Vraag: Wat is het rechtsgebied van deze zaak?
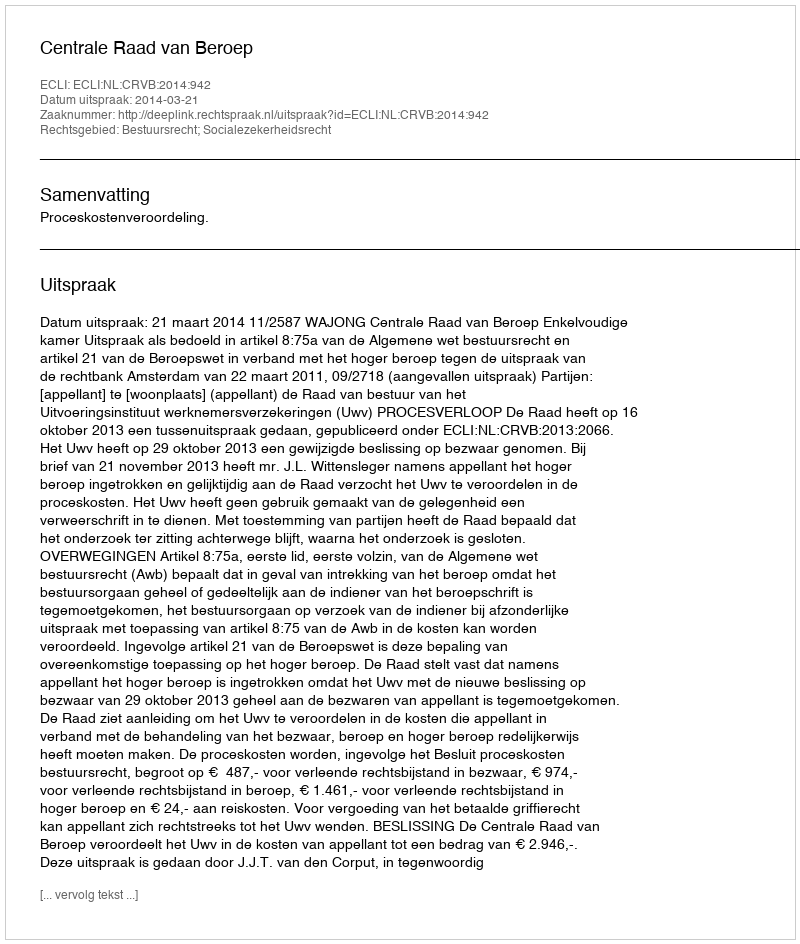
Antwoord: Bestuursrecht; Socialezekerheidsrecht